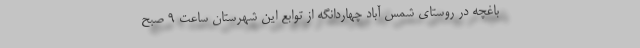
باغچه در روستای شمس آباد چهاردانگه از توابع این شهرستان ساعت ۹ صبح